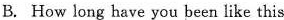
B. How long have you been like this